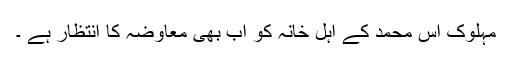
مہلوک آس محمد کے اہل خانہ کو اب بھی معاوضہ کا انتظار ہے ۔